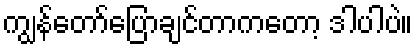
ကျွန်တော်ပြောချင်တာကတော့ ဒါပါပဲ။